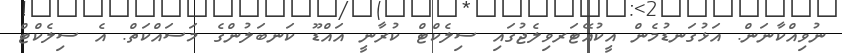
ނުވިއްކާނަން. އަޅުގަނޑުމެން އީކުއޭޓަރވިލެޖުގައި ސިލެކްޓް ކުރާނީ އައްޑޫ ކަނބަލުންގެ މަސައްކަތް. އެ ސިލެކްޓް